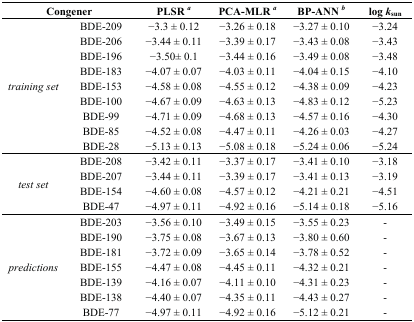
<table><thead><tr><td colspan="2"><b>Congener</b></td><td><b>PLSR <i><sup>a</sup></i></b></td><td><b>PCA-MLR <i><sup>a</sup></i></b></td><td><b>BP-ANN <i><sup>b</sup></i></b></td><td><b>log <i>k</i><sub>sun</sub></b></td></tr></thead><tbody><tr><td rowspan="9"><i>training set</i></td><td>BDE-209</td><td>−3.3 ± 0.12</td><td>−3.26 ± 0.18</td><td>−3.27 ± 0.10 </td><td>−3.24</td></tr><tr><td>BDE-206</td><td>−3.44 ± 0.11</td><td>−3.39 ± 0.17</td><td>−3.43 ± 0.08 </td><td>−3.43</td></tr><tr><td>BDE-196</td><td>−3.50± 0.1</td><td>−3.44 ± 0.16</td><td>−3.49 ± 0.08 </td><td>−3.48</td></tr><tr><td>BDE-183</td><td>−4.07 ± 0.07</td><td>−4.03 ± 0.11</td><td>−4.04 ± 0.15 </td><td>−4.10</td></tr><tr><td>BDE-153</td><td>−4.58 ± 0.08</td><td>−4.55 ± 0.12</td><td>−4.38 ± 0.09 </td><td>−4.23</td></tr><tr><td>BDE-100</td><td>−4.67 ± 0.09</td><td>−4.63 ± 0.13</td><td>−4.83 ± 0.12 </td><td>−5.23</td></tr><tr><td>BDE-99</td><td>−4.71 ± 0.09</td><td>−4.68 ± 0.13</td><td>−4.57 ± 0.16 </td><td>−4.30</td></tr><tr><td>BDE-85</td><td>−4.52 ± 0.08</td><td>−4.47 ± 0.11</td><td>−4.26 ± 0.03 </td><td>−4.27</td></tr><tr><td>BDE-28</td><td>−5.13 ± 0.13</td><td>−5.08 ± 0.18</td><td>−5.24 ± 0.06 </td><td>−5.24</td></tr><tr><td rowspan="4"><i>test set</i></td><td>BDE-208</td><td>−3.42 ± 0.11</td><td>−3.37 ± 0.17</td><td>−3.41 ± 0.10 </td><td>−3.18</td></tr><tr><td>BDE-207</td><td>−3.44 ± 0.11</td><td>−3.39 ± 0.17</td><td>−3.41 ± 0.13 </td><td>−3.19</td></tr><tr><td>BDE-154</td><td>−4.60 ± 0.08</td><td>−4.57 ± 0.12</td><td>−4.21 ± 0.21 </td><td>−4.51</td></tr><tr><td>BDE-47</td><td>−4.97 ± 0.11</td><td>−4.92 ± 0.16</td><td>−5.14 ± 0.18 </td><td>−5.16</td></tr><tr><td rowspan="7"><i>predictions</i></td><td>BDE-203</td><td>−3.56 ± 0.10</td><td>−3.49 ± 0.15</td><td>−3.55 ± 0.23 </td><td>-</td></tr><tr><td>BDE-190</td><td>−3.75 ± 0.08</td><td>−3.67 ± 0.13</td><td>−3.80 ± 0.60 </td><td>-</td></tr><tr><td>BDE-181</td><td>−3.72 ± 0.09</td><td>−3.65 ± 0.14</td><td>−3.78 ± 0.52 </td><td>-</td></tr><tr><td>BDE-155</td><td>−4.47 ± 0.08</td><td>−4.45 ± 0.11</td><td>−4.32 ± 0.21 </td><td>-</td></tr><tr><td>BDE-139</td><td>−4.16 ± 0.07</td><td>−4.11 ± 0.10</td><td>−4.31 ± 0.23 </td><td>-</td></tr><tr><td>BDE-138</td><td>−4.40 ± 0.07</td><td>−4.35 ± 0.11</td><td>−4.43 ± 0.27 </td><td>-</td></tr><tr><td>BDE-77</td><td>−4.97 ± 0.11</td><td>−4.92 ± 0.16</td><td>−5.12 ± 0.21 </td><td>-</td></tr></tbody></table>